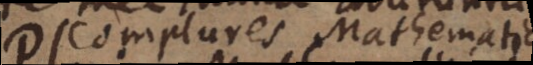
Complures Mathematici